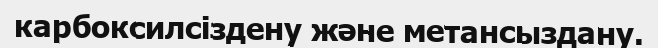
карбоксилсіздену және метансыздану.